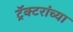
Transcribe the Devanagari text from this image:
ट्रॅक्टरांच्या